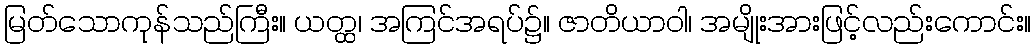
မြတ်သောကုန်သည်ကြီး။ ယတ္ထ၊ အကြင်အရပ်၌။ ဇာတိယာဝါ၊ အမျိုးအားဖြင့်လည်းကောင်း။